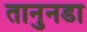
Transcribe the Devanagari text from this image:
तानुनडा